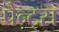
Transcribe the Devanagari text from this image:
पैन्ट्स